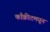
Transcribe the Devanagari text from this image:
काँक्रीटमधून